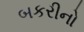
બકરીનો